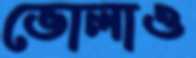
ভোলাও